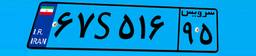
۵۷S۰۸۵۱۸